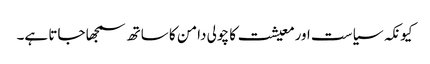
کیونکہ سیاست اورمعیشت کا چولی دامن کا ساتھ سمجھا جاتا ہے۔